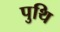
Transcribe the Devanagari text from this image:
पुथि